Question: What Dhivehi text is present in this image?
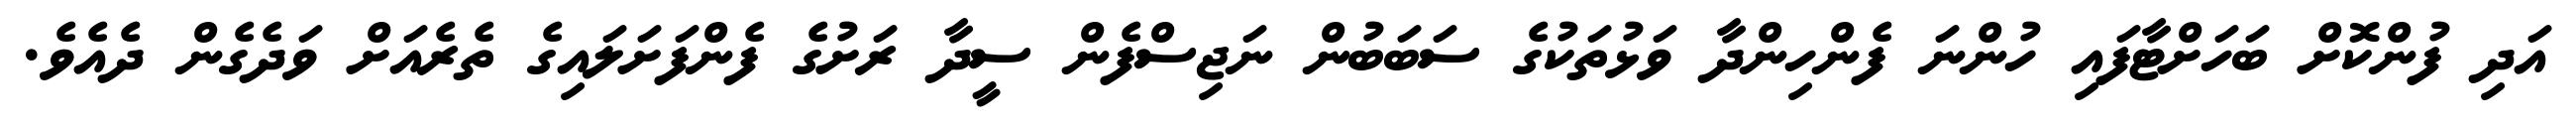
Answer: އަދި ފުންކޮށް ބަހަށްޓާފައި ހުންނަ ފެންހިންދާ ވަޅުތަކުގެ ސަބަބުން ނަޖިސްފެން ސީދާ ރަށުގެ ފެންފަށަލައިގެ ތެރެއަށް ވަދެގެން ދެއެވެ.